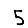
Digit: 5